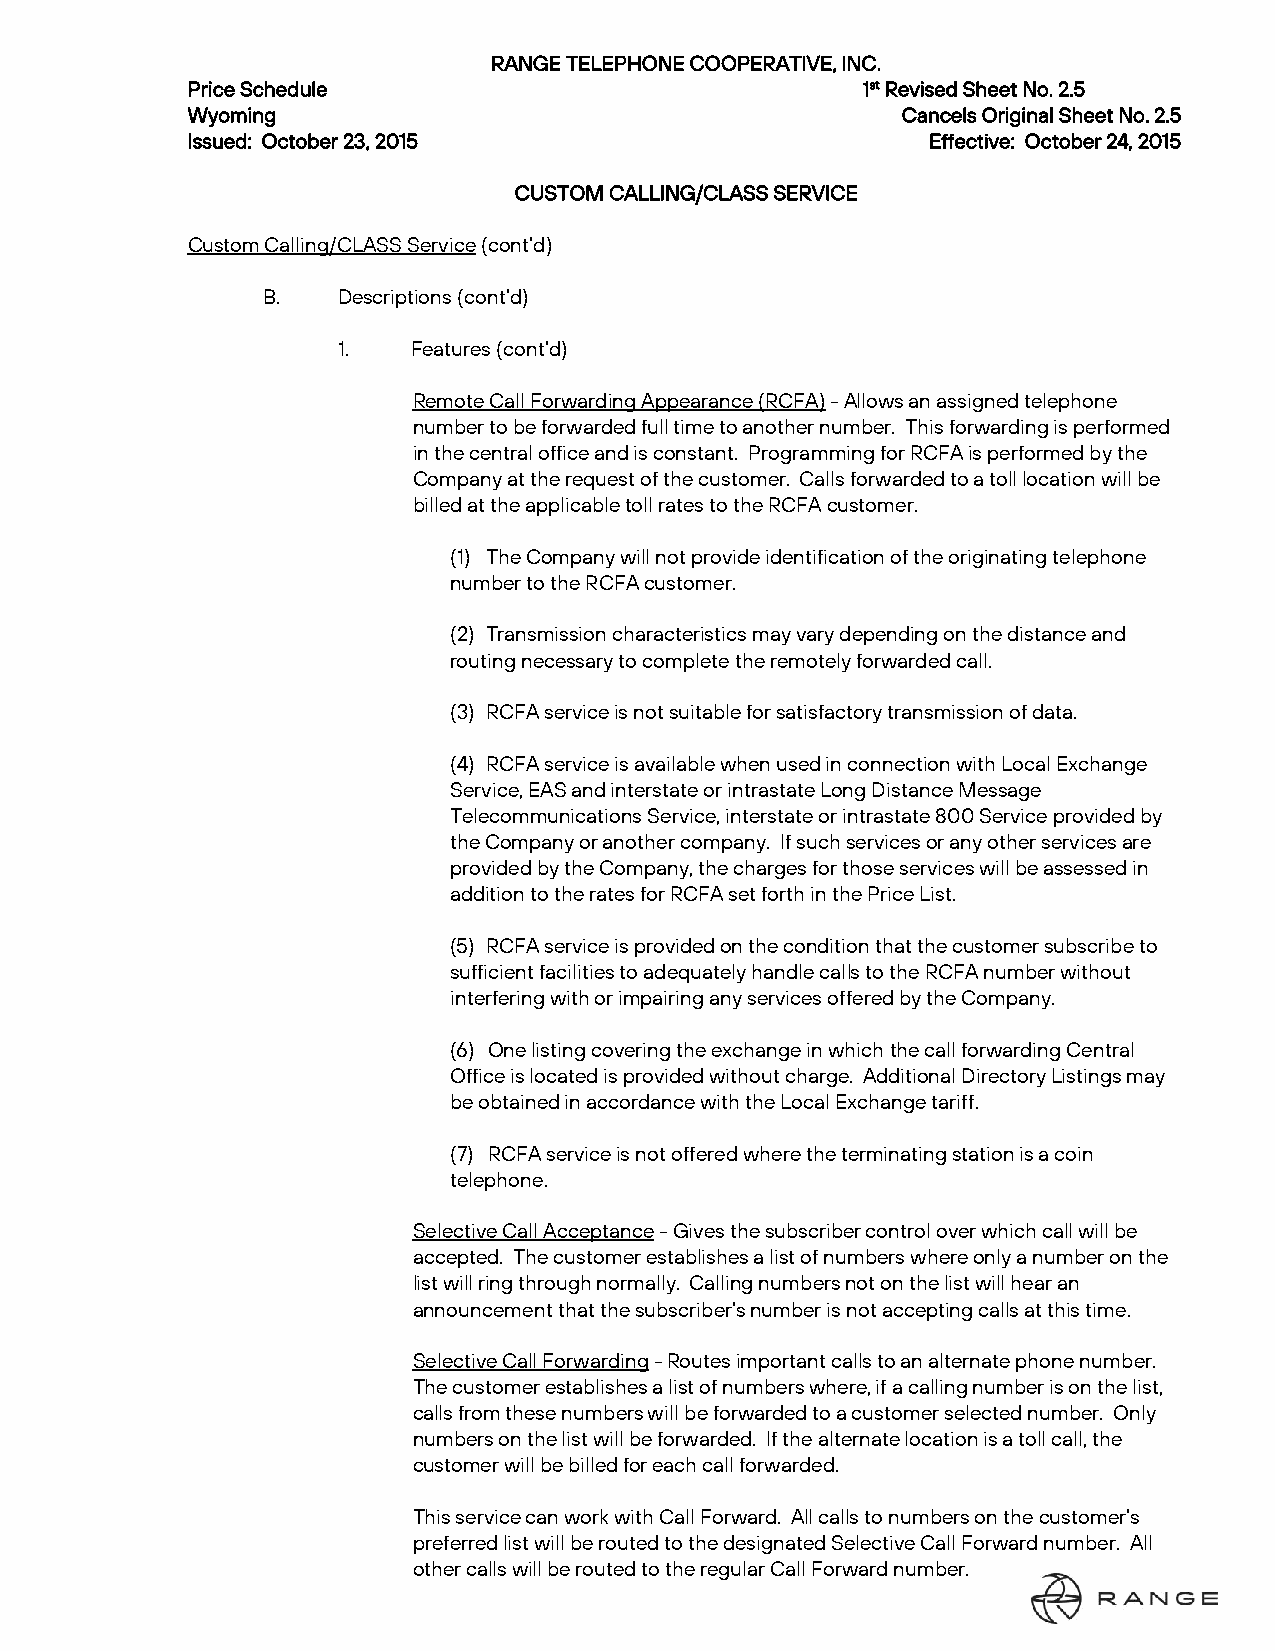
RANGE TELEPHONE COOPERATIVE, INC.
 Price Schedule                               1st Revised Sheet No. 2.5
 Wyoming                                         Cancels Original Sheet No. 2.5
 Issued: October 23, 2015                          Effective: October 24, 2015
 CUSTOM CALLING/CLASS SERVICE
 Custom Calling/CLASS Service (cont’d)
 B.   Descriptions (cont’d)
 1.   Features (cont’d)
 Remote Call Forwarding Appearance (RCFA) - Allows an assigned telephone
 number to be forwarded full time to another number. This forwarding is performed
 in the central office and is constant. Programming for RCFA is performed by the
 Company at the request of the customer. Calls forwarded to a toll location will be
 billed at the applicable toll rates to the RCFA customer.
 (1) The Company will not provide identification of the originating telephone
 number to the RCFA customer.
 (2) Transmission characteristics may vary depending on the distance and
 routing necessary to complete the remotely forwarded call.
 (3) RCFA service is not suitable for satisfactory transmission of data.
 (4) RCFA service is available when used in connection with Local Exchange
 Service, EAS and interstate or intrastate Long Distance Message
 Telecommunications Service, interstate or intrastate 800 Service provided by
 the Company or another company. If such services or any other services are
 provided by the Company, the charges for those services will be assessed in
 addition to the rates for RCFA set forth in the Price List.
 (5) RCFA service is provided on the condition that the customer subscribe to
 sufficient facilities to adequately handle calls to the RCFA number without
 interfering with or impairing any services offered by the Company.
 (6) One listing covering the exchange in which the call forwarding Central
 Office is located is provided without charge. Additional Directory Listings may
 be obtained in accordance with the Local Exchange tariff.
 (7) RCFA service is not offered where the terminating station is a coin
 telephone.
 Selective Call Acceptance - Gives the subscriber control over which call will be
 accepted. The customer establishes a list of numbers where only a number on the
 list will ring through normally. Calling numbers not on the list will hear an
 announcement that the subscriber’s number is not accepting calls at this time.
 Selective Call Forwarding - Routes important calls to an alternate phone number.
 The customer establishes a list of numbers where, if a calling number is on the list,
 calls from these numbers will be forwarded to a customer selected number. Only
 numbers on the list will be forwarded. If the alternate location is a toll call, the
 customer will be billed for each call forwarded.
 This service can work with Call Forward. All calls to numbers on the customer’s
 preferred list will be routed to the designated Selective Call Forward number. All
 other calls will be routed to the regular Call Forward number.